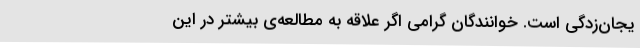
یجان‌زدگی است. خوانندگان گرامی اگر علاقه‌ به مطالعه‌‌ی بیشتر در این